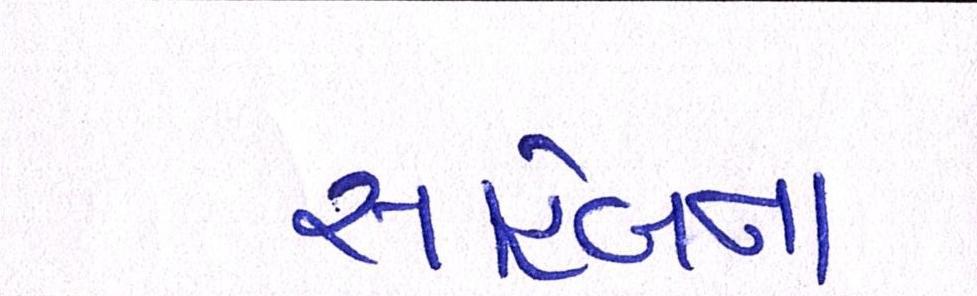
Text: સાહેબના